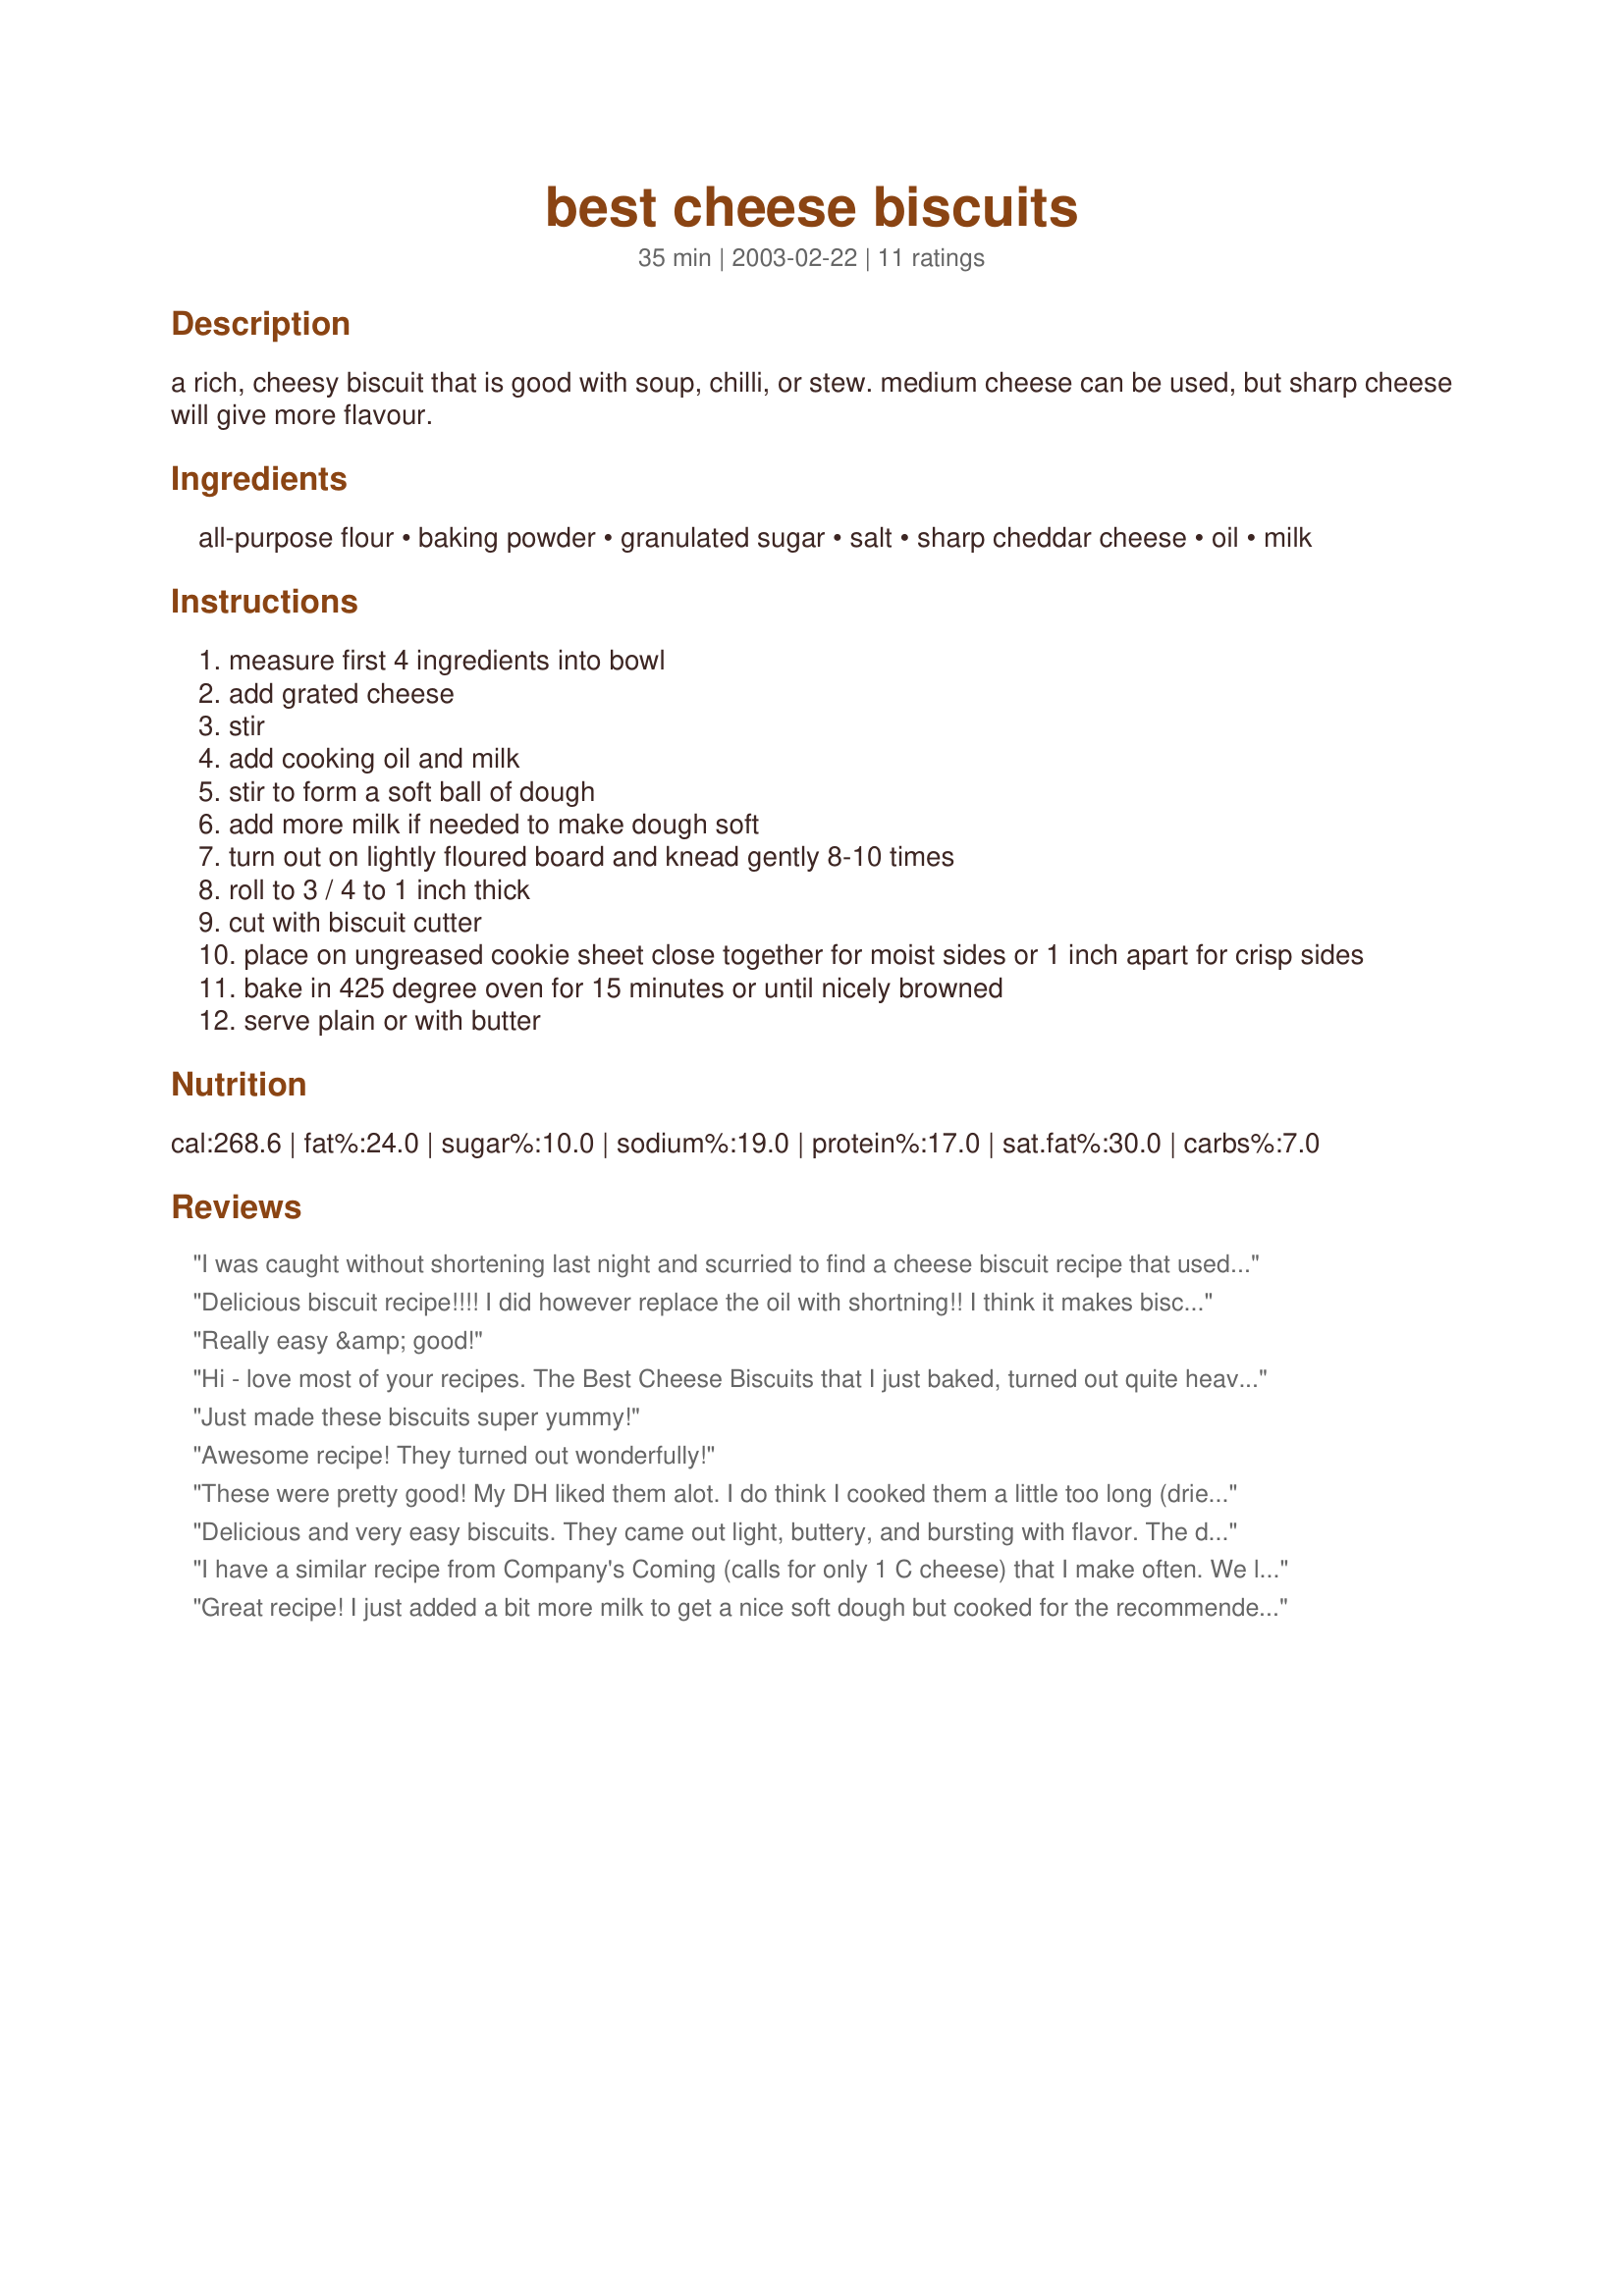
best cheese biscuits
Preparation time: 35 minutes

a rich, cheesy biscuit that is good with soup, chilli, or stew. medium cheese can be used, but sharp cheese will give more flavour.

Ingredients:
all-purpose flour, baking powder, granulated sugar, salt, sharp cheddar cheese, oil, milk

Steps:
measure first 4 ingredients into bowl
add grated cheese
stir
add cooking oil and milk
stir to form a soft ball of dough
add more milk if needed to make dough soft
turn out on lightly floured board and knead gently 8-10 times
roll to 3 / 4 to 1 inch thick
cut with biscuit cutter
place on ungreased cookie sheet close together for moist sides or 1 inch apart for crisp sides
bake in 425 degree oven for 15 minutes or until nicely browned
serve plain or with butter

Reviews:
I was caught without shortening last night and scurried to find a cheese biscuit recipe that used oil instead. These are really good, and very easy to make. I did have to add a little more flour, as the dough was too sticky to handle with just two cups. Thanks for posting!
Delicious biscuit recipe!!!! I did however replace the oil with shortning!! I think it makes biscuits more flaky!!! I followed the recipe ingredient measurements to a tee..great recipe!!! I thought holy crap 2 cups of cheese...but it was wonderful!!! Went great with beef stew!! Thanks!!!
Really easy &amp; good!
Hi - love most of your recipes. The Best Cheese Biscuits that I just baked, turned out quite heavy - great flavour but dense and heavy - I followed your instructions exactly, too the letter. Ideas to fix if I bake these again? Thanks
Just made these biscuits super yummy!
Awesome recipe! They turned out wonderfully!
These were pretty good! My DH liked them alot. I do think I cooked them a little too long (dried out a little.) Next time I will take the time to roll them out thick and use a biscuit cutter (I just patted them so they were thinner than called for). I have trouble with biscuits so, overall, these are the best I've made! Thanks!
Delicious and very easy biscuits. They came out light, buttery, and bursting with flavor. The directions are perfect although I didn't even have to roll the dough. I was able to just pat it down and use my biscuit cutter without any problem. Thanks so much!
I have a similar recipe from Company's Coming (calls for only 1 C cheese) that I make often. We love these biscuits with soup. They are so simple and quick to make.
Great recipe! I just added a bit more milk to get a nice soft dough but cooked for the recommended 15 min. and they turned out great! Thanks for another great recipe!
AWESOME! My whole family gobbled them up and begged me to make more. I used 1 cup cabot 50% light cheddar and 1 cup Cabot Colby Jack. Also used skim milk. Delicious!
